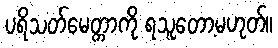
ပရိသတ်မေတ္တာကို ရသူတော့မဟုတ်။